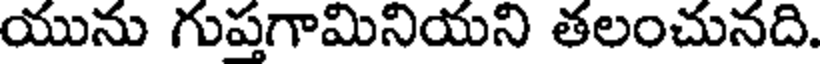
యును గుప్తగామినియని తలంచునది.